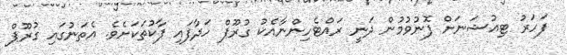
ފަހަރު ޓިއުޝަނަށް ފޮނުވުމުން ދަނީ ރައްޓެހިންނާއެކު ގުރޫޕް ހަދާފައި ޕާކުތަކަށެވެ. އެތަނުގައި ގުރޫޕް